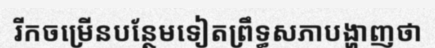
រីកចម្រើនបន្ថែមទៀតព្រឹទ្ធសភាបង្ហាញថា